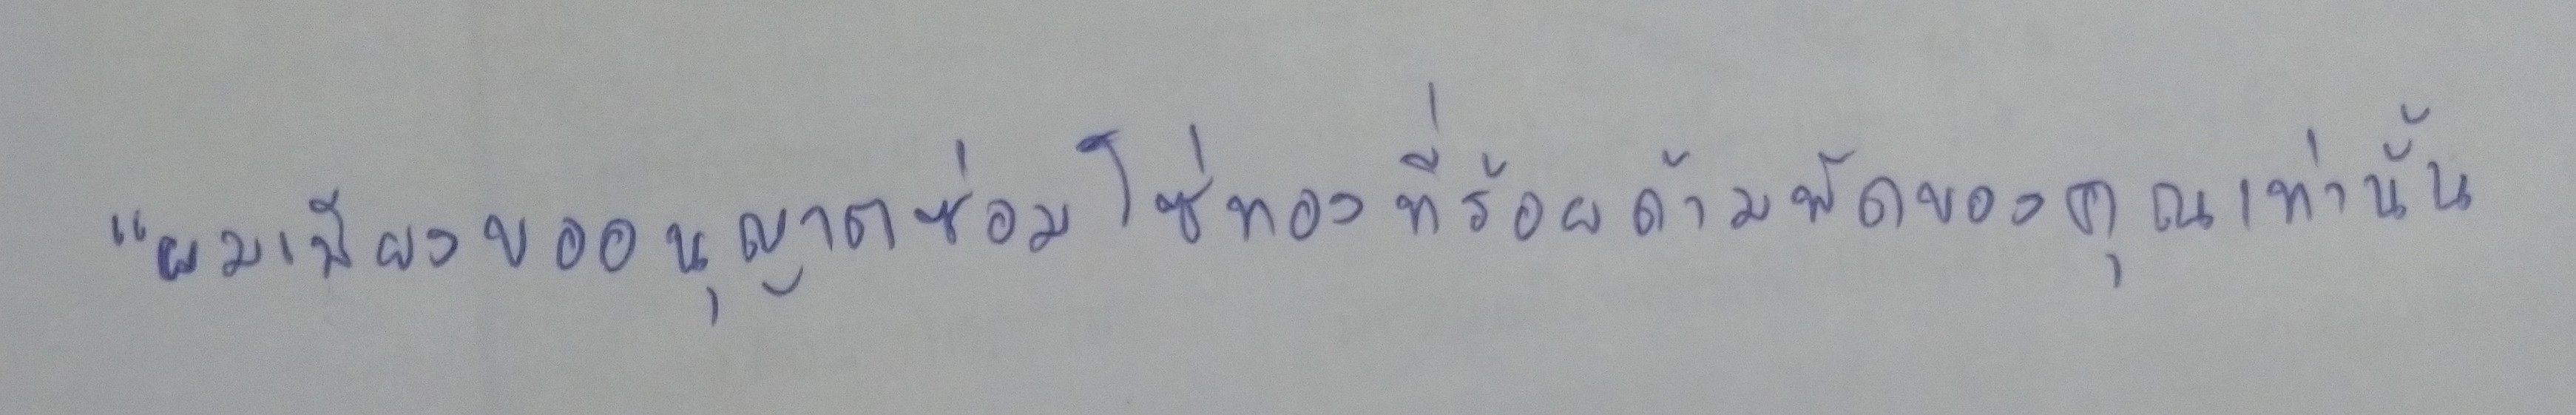
"ผมเพียงขออนุญาตซ่อมโซ่ทองที่ร้อยด้ามพัดของคุณเท่านั้น